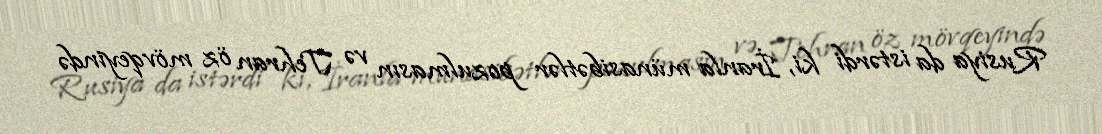
Rusiya da istərdi ki, İranla münasibətlər pozulmasın və Tehran öz mövqeyində